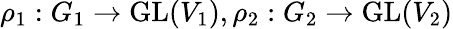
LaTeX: \rho_{1}:G_{1}\to{\mathrm{GL}}(V_{1}),\rho_{2}:G_{2}\to{\mathrm{GL}}(V_{2})